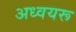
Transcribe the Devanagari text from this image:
अध्वयरू